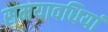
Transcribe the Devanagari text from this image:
समयावधियां